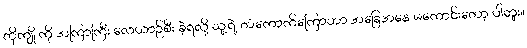
တိုကျို ကို အကြာကြီး လေယာဉ်စီး ခဲ့ရလို့ သူ့ရဲ့ တံကောက်ကြောဟာ အခြေအနေ မကောင်းတော့ ပါဘူး။